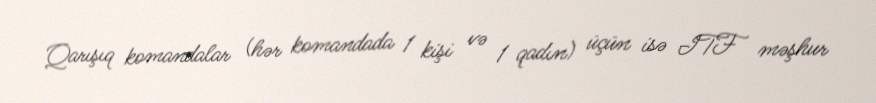
Qarışıq komandalar (hər komandada 1 kişi və 1 qadın) üçün isə ITF məşhur